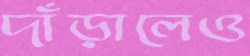
দাঁড়ালেও